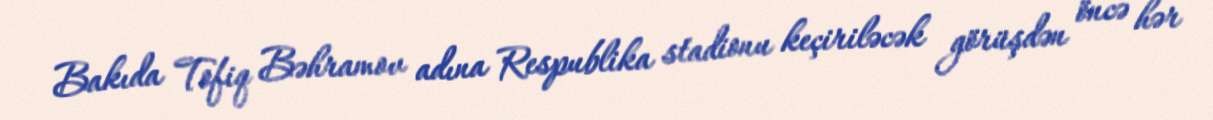
Bakıda Tofiq Bəhramov adına Respublika stadionu keçiriləcək görüşdən öncə hər